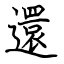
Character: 還